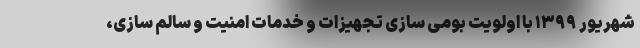
شهریور ۱۳۹۹ با اولویت بومی سازی تجهیزات و خدمات امنیت و سالم سازی،